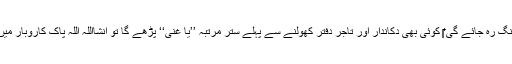
اوربہت جلد کاروبار میں ترقی ہوگی اور رزق حلال کہاں کہاں سے آئے گا کہ عقل دنگ رہ جائے گی ‎‎‎‎ کوئی بھی دکاندار اور تاجر دفتر کھولنے سے پہلے ستر مرتبہ ’’یا غنی‘‘ پڑھے گا تو انشااللہ اللہ پاک کاروبار میں برکت اور رزق میں اضافہ ہو گا اور کبھی بھی کسی نقصان کا خوف نہیں رہے گا ۔